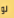
لو